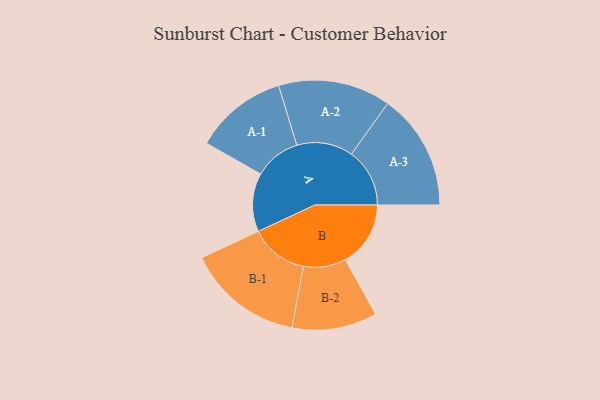
{"axis": {"x": "Segment", "y": "Value"}, "legend": ["", "A", "B"], "data": [{"x": "A", "y": 267, "type": ""}, {"x": "B", "y": 298, "type": ""}, {"x": "A-1", "y": 212, "type": "A"}, {"x": "A-2", "y": 257, "type": "A"}, {"x": "A-3", "y": 266, "type": "A"}, {"x": "B-1", "y": 266, "type": "B"}, {"x": "B-2", "y": 194, "type": "B"}]}